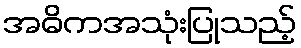
အဓိကအသုံးပြုသည့်